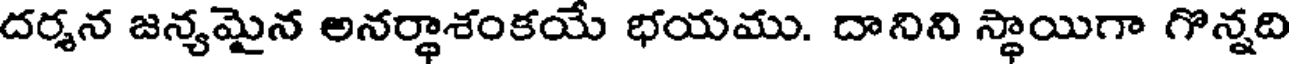
దర్శన జన్యమైన అనర్థాశంకయే భయము. దానిని స్థాయిగా గొన్నది